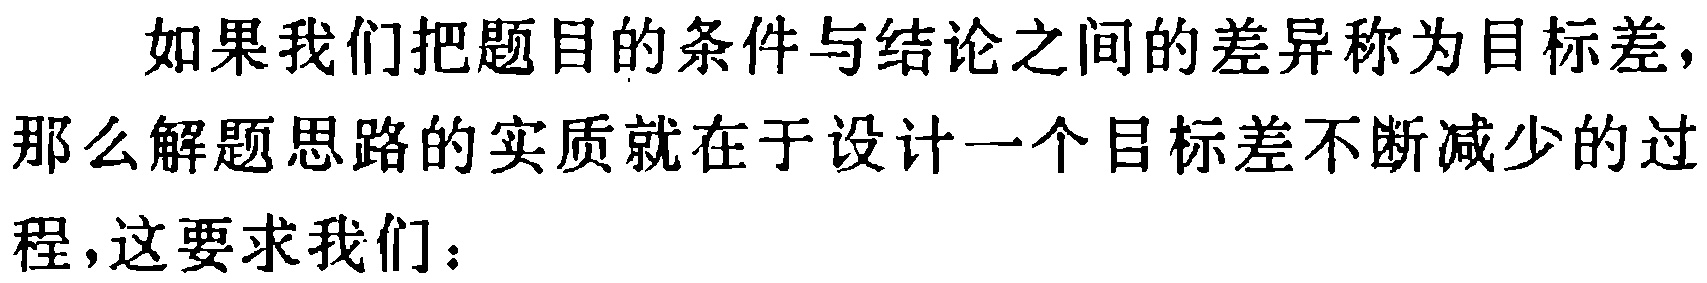
如果我们把题目的条件与结论之间的差异称为目标差，那么解题思路的实质就在于设计一个目标差不断减少的过程，这要求我们：